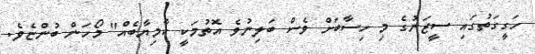
ހަގީގަތުގައި ސީޒަނުގެ މި ހިސާބަށް ވެސް ބަލިނުވެ އޮތުމަކީ ކާމިޔާބެއް" މޯހަން ބުންޏެވެ.